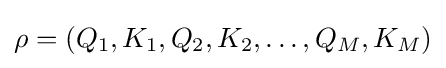
\rho =(Q_{1},K_{1},Q_{2},K_{2},\ldots ,Q_{M},K_{M})